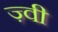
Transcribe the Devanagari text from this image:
ज़्वी